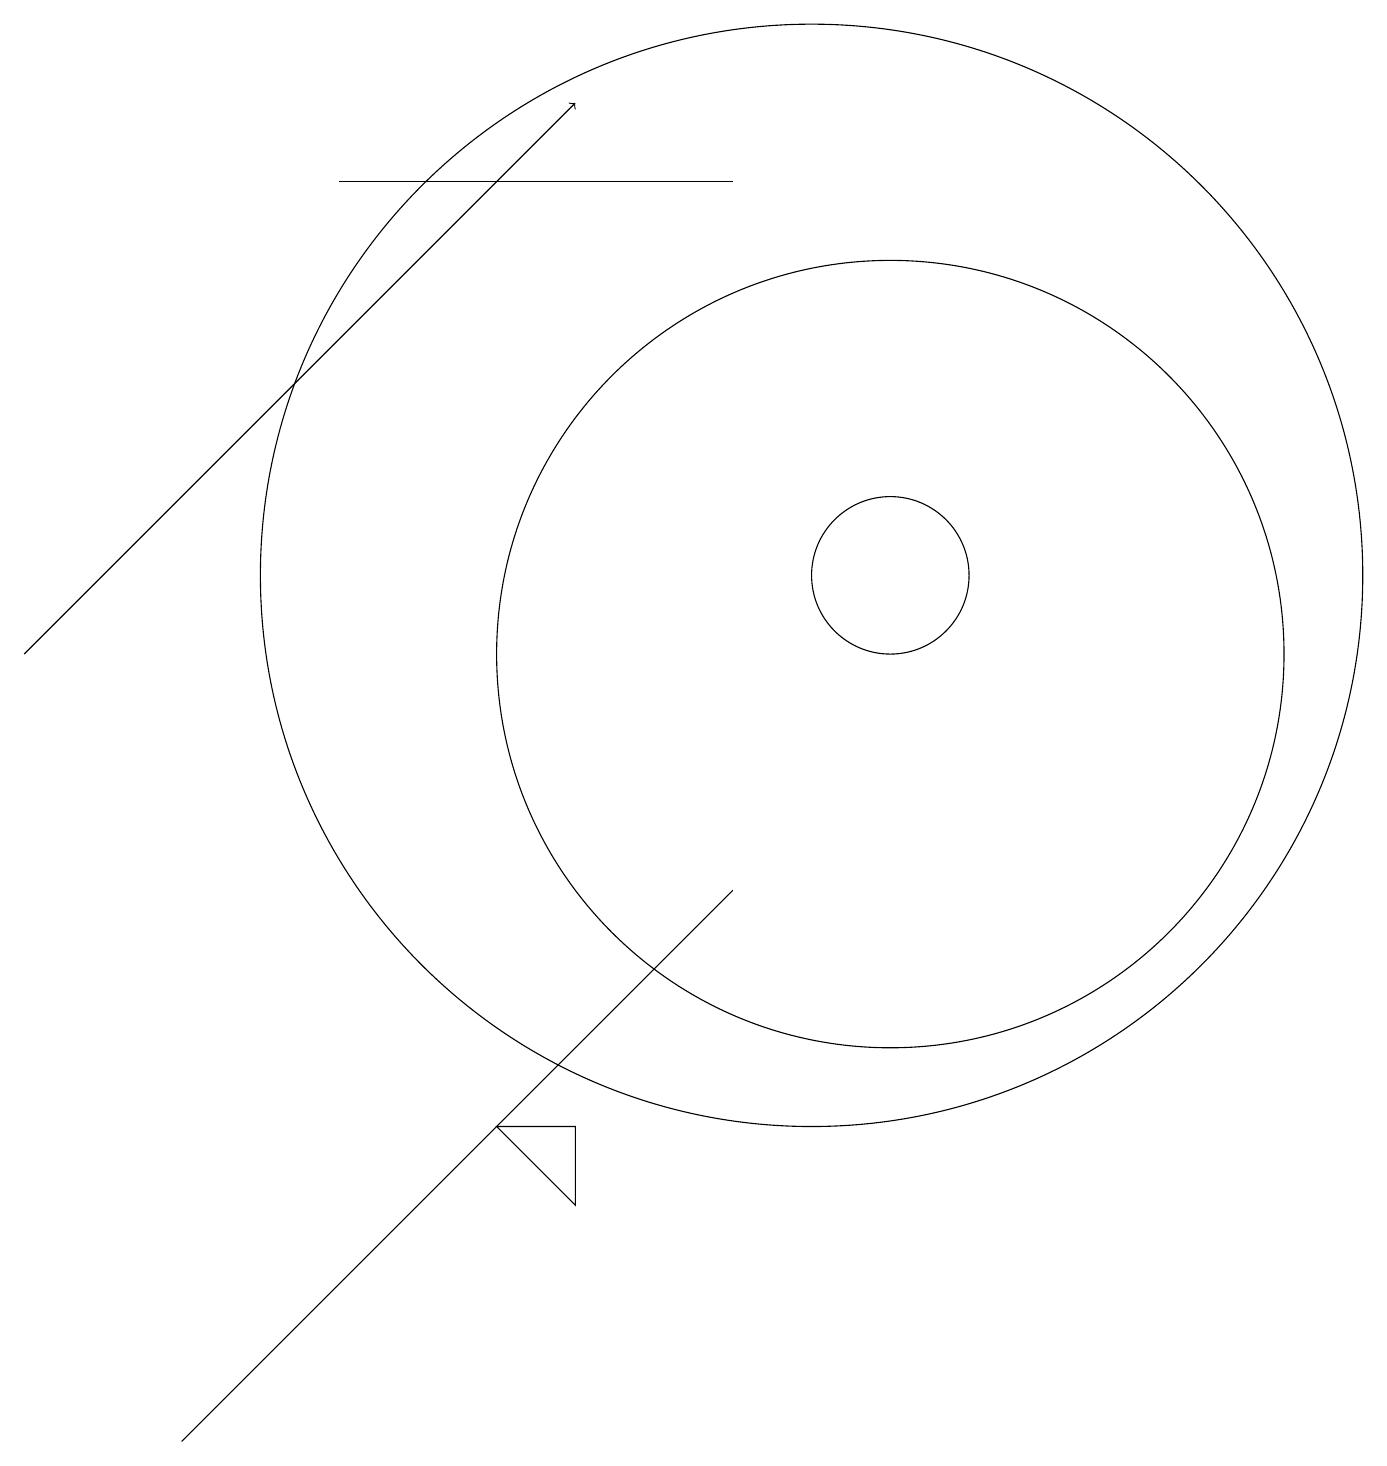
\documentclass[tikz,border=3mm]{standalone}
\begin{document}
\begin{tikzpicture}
\draw (7,4) -- (6,4) -- (7,3) -- cycle;
\draw (10,11) circle (7);
\draw (10,12) circle (0);
\draw (9,16) rectangle (4,16);
\draw (11,11) circle (1);
\draw[->] (0,10) -- (7,17);
\draw (7,5) -- (9,7) -- (2,0) -- cycle;
\draw (11,10) circle (5);
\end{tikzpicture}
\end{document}